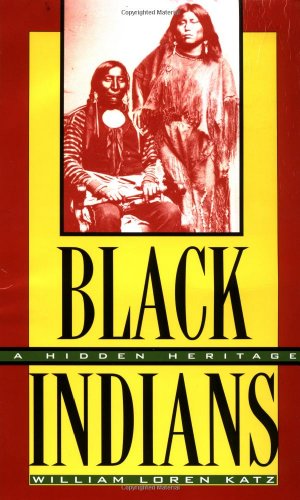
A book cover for Black Indians: A Hidden Heritage; William Loren Katz; Teen & Young Adult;